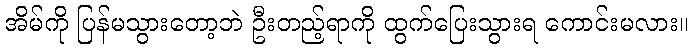
အိမ်ကို ပြန်မသွားတော့ဘဲ ဦးတည့်ရာကို ထွက်ပြေးသွားရ ကောင်းမလား။